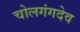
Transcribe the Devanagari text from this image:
चोलगंगदेव